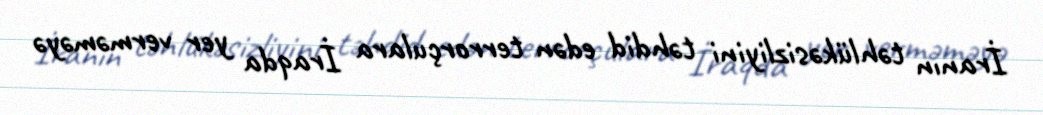
İranın təhlükəsizliyini təhdid edən terrorçulara İraqda yer verməməyə